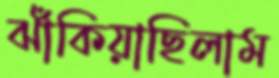
ঝাঁকিয়াছিলাম